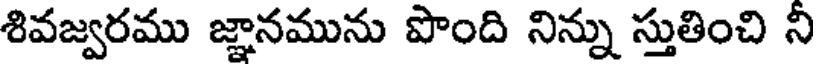
శివజ్వరము జ్ఞానమును పొంది నిన్ను స్తుతించి నీ